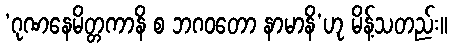
‘ဂုဏနေမိတ္တကာနိ စ ဘဂဝတော နာမာနိ’ဟု မိန့်သတည်း။